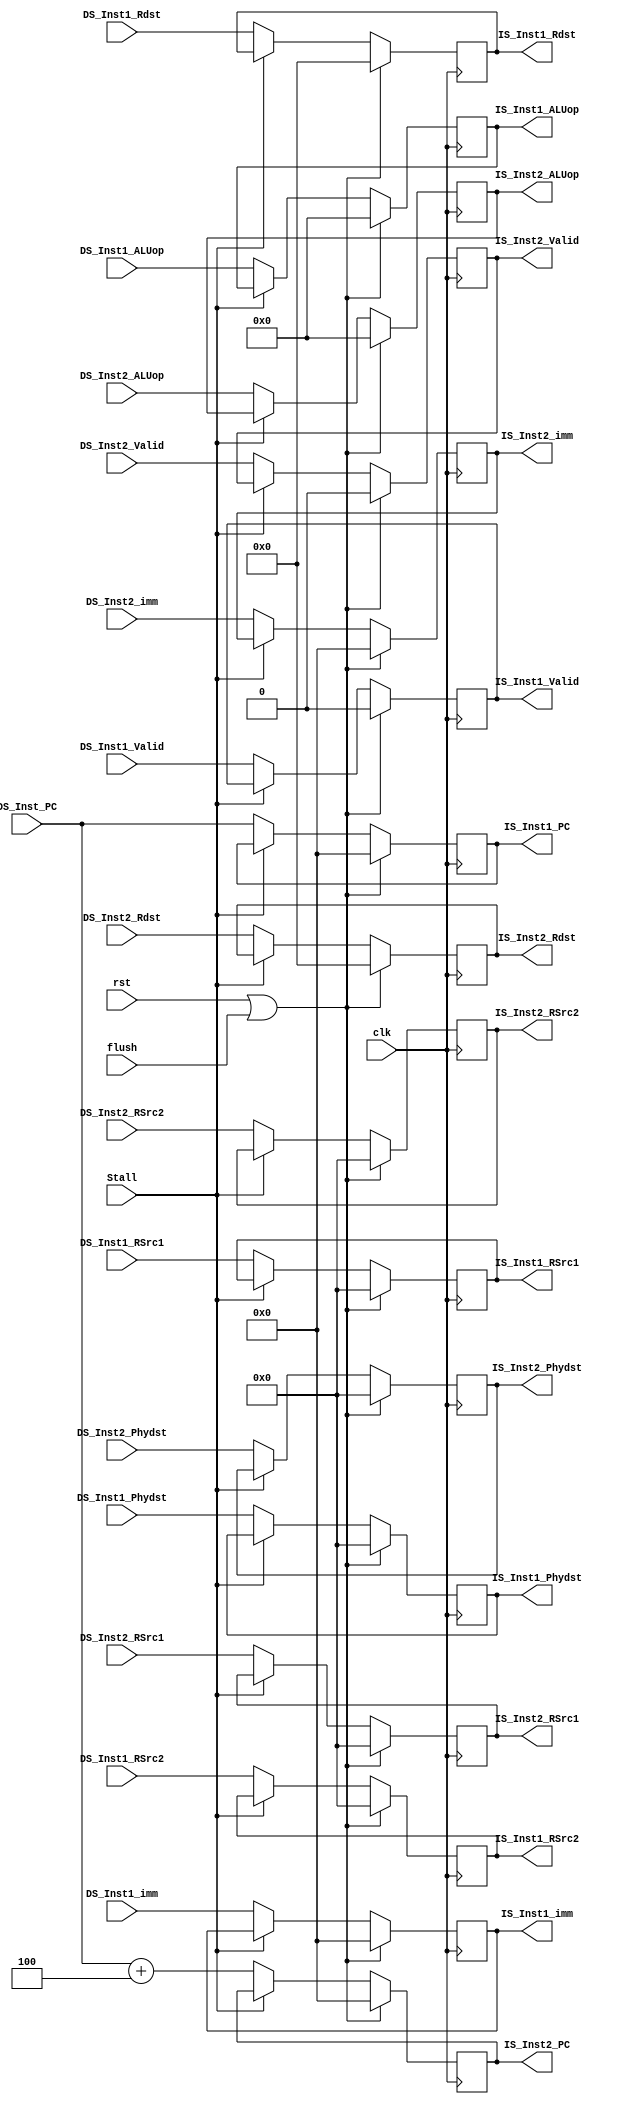
module DS_IS(
input clk,
input flush,
input rst,
input Stall,

input[31:0]DS_Inst_PC,

//Inst1
input DS_Inst1_Valid,
input[8:0]DS_Inst1_ALUop,
input[4:0]DS_Inst1_Rdst,
input[5:0]DS_Inst1_RSrc1,DS_Inst1_RSrc2,DS_Inst1_Phydst,
input[31:0]DS_Inst1_imm,

output reg IS_Inst1_Valid,
output reg[8:0]IS_Inst1_ALUop,
output reg[4:0]IS_Inst1_Rdst,
output reg[5:0]IS_Inst1_RSrc1,IS_Inst1_RSrc2,IS_Inst1_Phydst,
output reg[31:0]IS_Inst1_imm,IS_Inst1_PC,

//Inst2
input DS_Inst2_Valid,
input[8:0]DS_Inst2_ALUop,
input[4:0]DS_Inst2_Rdst,
input[5:0]DS_Inst2_RSrc1,DS_Inst2_RSrc2,DS_Inst2_Phydst,
input[31:0]DS_Inst2_imm,

output reg IS_Inst2_Valid,
output reg[8:0]IS_Inst2_ALUop,
output reg[4:0]IS_Inst2_Rdst,
output reg[5:0]IS_Inst2_RSrc1,IS_Inst2_RSrc2,IS_Inst2_Phydst,
output reg[31:0]IS_Inst2_imm,IS_Inst2_PC
);

always@(posedge clk) begin
	if(rst|flush)begin
		IS_Inst1_ALUop <=8'd0;
		IS_Inst1_Rdst  <=5'd0;
		IS_Inst1_RSrc1 <=6'd0;
		IS_Inst1_RSrc2 <=6'd0;
		IS_Inst1_Phydst<=6'd0;
		IS_Inst1_imm   <=32'd0;
		IS_Inst1_PC    <=32'd0;
		IS_Inst1_Valid <=1'b0;
		end
	else if(!Stall)begin
		IS_Inst1_ALUop <=DS_Inst1_ALUop;
		IS_Inst1_Rdst  <=DS_Inst1_Rdst;
		IS_Inst1_RSrc1 <=DS_Inst1_RSrc1;
		IS_Inst1_RSrc2 <=DS_Inst1_RSrc2;
		IS_Inst1_Phydst<=DS_Inst1_Phydst;
		IS_Inst1_imm   <=DS_Inst1_imm;
		IS_Inst1_PC    <=DS_Inst_PC;
		IS_Inst1_Valid <=DS_Inst1_Valid;
		end
	end

always@(posedge clk) begin
	if(rst|flush)begin
		IS_Inst2_ALUop <=8'd0;
		IS_Inst2_Rdst  <=5'd0;
		IS_Inst2_RSrc1 <=6'd0;
		IS_Inst2_RSrc2 <=6'd0;
		IS_Inst2_Phydst<=6'd0;
		IS_Inst2_imm   <=32'd0;
		IS_Inst2_PC    <=32'd0;
		IS_Inst2_Valid <=1'b0;
		end
	else if(!Stall)begin
		IS_Inst2_ALUop <=DS_Inst2_ALUop;
		IS_Inst2_Rdst  <=DS_Inst2_Rdst;
		IS_Inst2_RSrc1 <=DS_Inst2_RSrc1;
		IS_Inst2_RSrc2 <=DS_Inst2_RSrc2;
		IS_Inst2_Phydst<=DS_Inst2_Phydst;
		IS_Inst2_imm   <=DS_Inst2_imm;
		IS_Inst2_PC    <=DS_Inst_PC+32'd4;
		IS_Inst2_Valid <=DS_Inst2_Valid;
		end
	end
	


endmodule